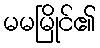
မမမြိုင်၏